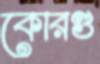
কোরণ্ড